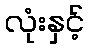
လုံးနှင့်